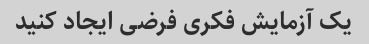
یک آزمایش فکری فرضی ایجاد کنید